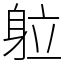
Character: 䠴